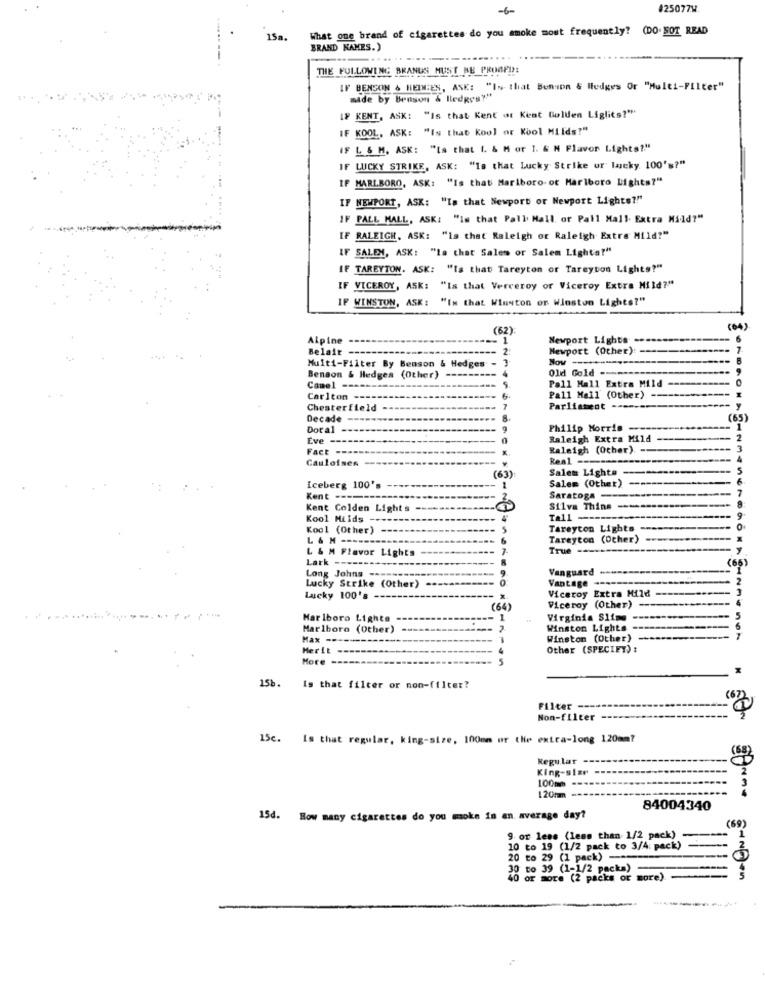
#25077W
What one brand of cigarettes do you smoke most frequently? (DO NOT READ
15a.
BRAND NAMES.)
.....
THE FOLLOWING BRANUS MUST NE PROOF !!!
IF BENSON & HEINES, ASK: "IN that Benson & Hedges Or "Multi-Filter"
made by Benson & HledRes?"
IF KENT, ASK: "Is that Kent ot Kent Golden Liglits?""
IF KOOL, ASK: "Is that Kool or Kool Milds?"
L & M. ASK: "Is that I. & M or 1. & N Flavor Lights?"
IF LUCKY STRIKE, ASK: "Is that Lucky Strike ur lucky 100's?"
IF MARLBORO, ASK: "Is that Marlboro ot Marlboro Lights?"
IF NEWPORT, ASK: "Is that Newport or Newport Lights?"
IF PALL MALL, ASK: "is that Pall Mall or Pall Mall. Extra Mild?"
IF RALEIGH, ASK: "is that Raleigh or Raleigh Extre Mild?"
IF SALEN, ASK: "la chat Sales or Salem Lights?"
IF TAREYTON. ASK: "Is that Tareyton or Tareyton Lights?"
IF VICEROY, ASK: "Is that Verceroy or Viceroy Extra Mild?"
IF WINSTON, ASK: "IN that Winston or Winston Lights?"
(62)
(64)
Alpine
Newport Lights
Belait
Newport (Other): ----
Now
Multi-Filter By Benson & Hedges
Old Gold -
Benson & Hedges (Other)
Camel -
Pall Mall Extra Mild-
Carlton --
Pall Mall (Other)
Chesterfield
Parliament -
y
Decade
(65)
Doral -
Philip Morris
1
Eve
Raleigh Extra Mild
---
Fact --
Raleigh (Other) --
Cauloises ---
Real
Salem Lighta
(63)
Salem (Other)
Iceberg 100's
Kent ---
Saratoga-
Kent Colden Lights
Silva Thins -------
Kool Milds ---
Tall ---
Kool (Other)
Tareycon Lights
L & M ---
Tarayton (Other)
L & M Flavor Lights
True ---
Lark ---
(65)
Long Johns -
Vanguard
Vantage
Lucky Strike (Other)
Viceroy Extra Mild
-
Lucky 100's
(64)
Viceroy (Other)
-
Marlboro Lights
1
Virginia Slime
Marlboro (Other)
Winston Lights
Max ---
Winston (Other)
Herit
Other (SPECIFY) :
More
15b.
Is that filter or non-filter?
Filter
Non-filter
15c. Is that regular, king-size, 100mm or the extra-long 120mm?
Regular -
King-size
100mm ---
120tam
84004340
15d. How many cigarettes do you moke in an average day?
(69)
9 or less (less than 1/2 pack)
10 to 19 (1/2 pack to 3/4: pack)
20 to 29 (1 pack) --
20 to 39 (1-1/2 packa)
0 or more (2 packs or more).